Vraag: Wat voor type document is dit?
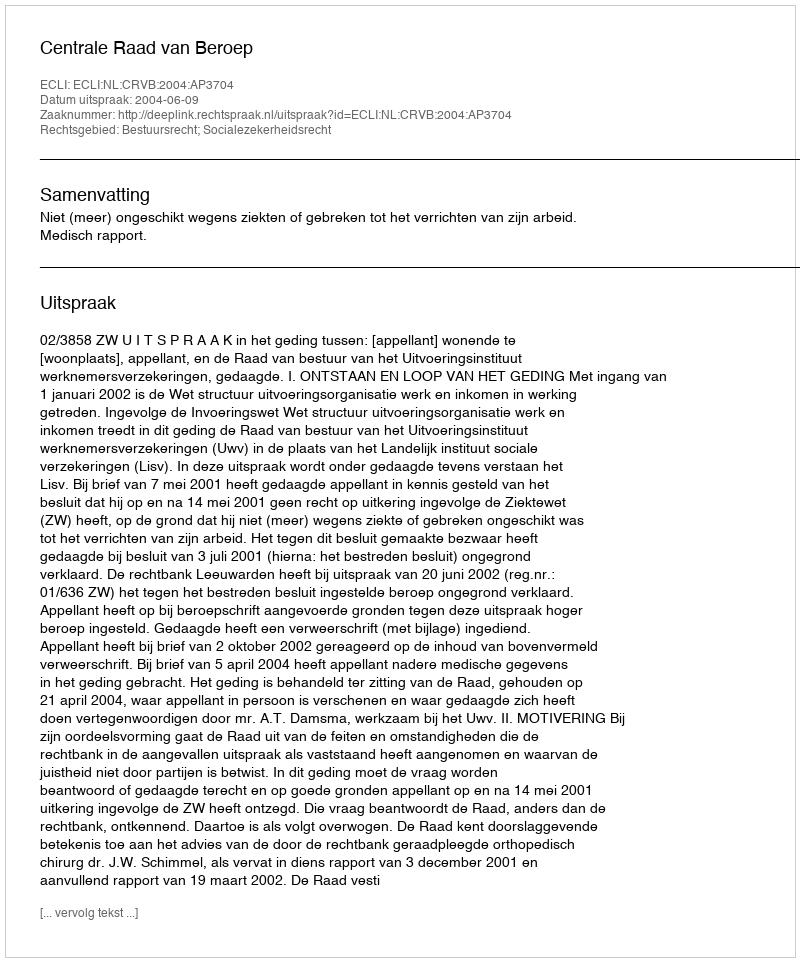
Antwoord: Uitspraak